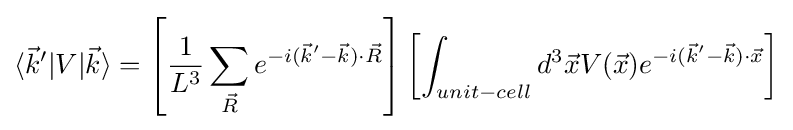
\langle {\vec {k}}'|V|{\vec {k}}\rangle =\left[{\frac {1}{L^{3}}}\sum _{\vec {R}}e^{-i({\vec {k}}'-{\vec {k}})\cdot {\vec {R}}}\right]\left[\int _{unit-cell}d^{3}{\vec {x}}V({\vec {x}})e^{-i({\vec {k}}'-{\vec {k}})\cdot {\vec {x}}}\right]